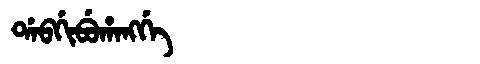
Manchu: ᡩᠠᠪᡤᡳᠪᡠᡥᠠᠩᡤᡝ
Romanization: DABGIBUHANGGE